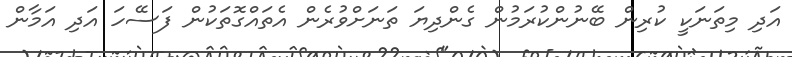
އަދި މިތަނަކީ ކުރިން ބޭނުންކުރަމުން ގެންދިޔަ ތަނަށްވުރެން އެތައްގޮތަކުން ފަސޭހަ އަދި އަމާން